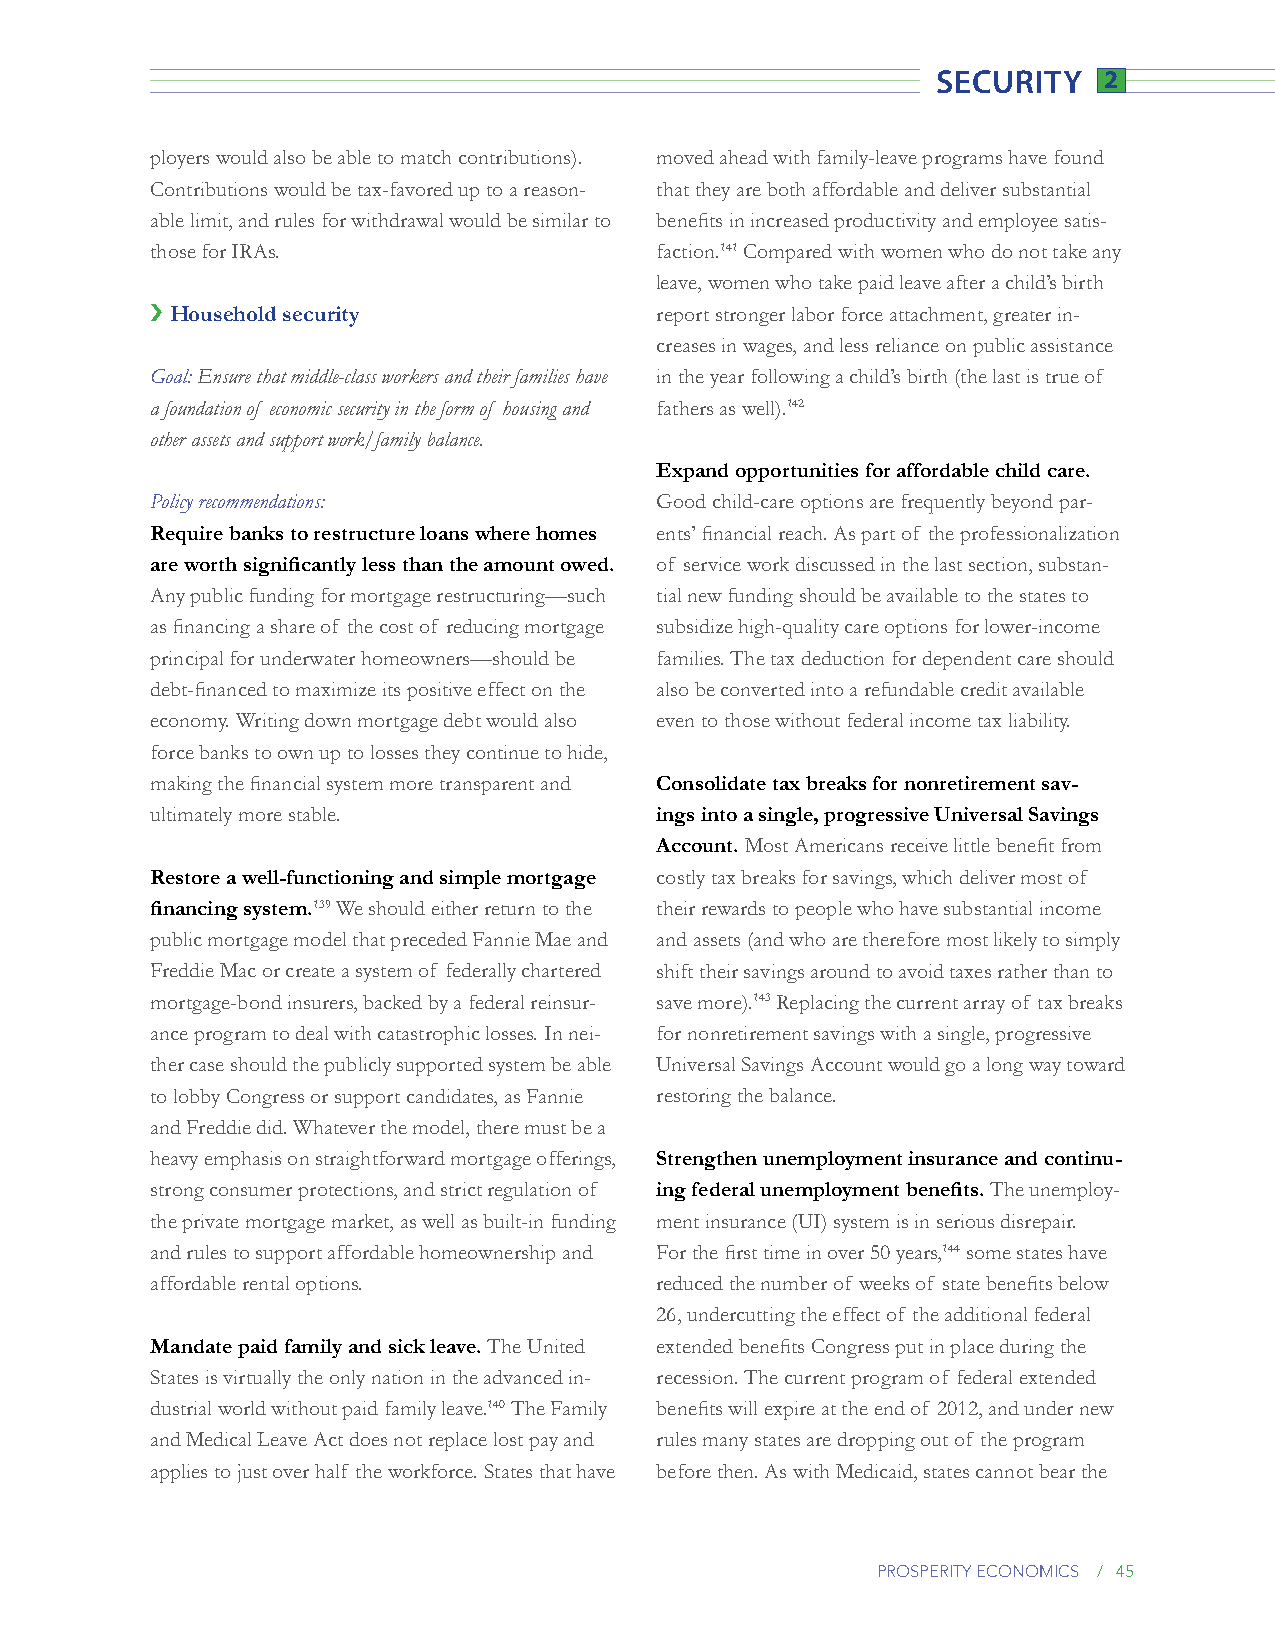
security   2
 ployers would also be able to match contributions). moved ahead with family-leave programs have found
 Contributions would be tax-favored up to a reason- that they are both affordable and deliver substantial
 able limit, and rules for withdrawal would be similar to benefits in increased productivity and employee satis-
 those for IRAs.                  faction.141 Compared with women who do not take any
 leave, women who take paid leave after a child’s birth
 › Household security             report stronger labor force attachment, greater in-
 creases in wages, and less reliance on public assistance
 Goal: Ensure that middle-class workers and their families have in the year following a child’s birth (the last is true of
 a foundation of economic security in the form of housing and fathers as well).142
 other assets and support work/family balance.
 Expand opportunities for affordable child care.
 Policy recommendations:          Good child-care options are frequently beyond par-
 Require banks to restructure loans where homes ents’ financial reach. As part of the professionalization
 are worth significantly less than the amount owed. of service work discussed in the last section, substan-
 Any public funding for mortgage restructuring—such tial new funding should be available to the states to
 as financing a share of the cost of reducing mortgage subsidize high-quality care options for lower-income
 principal for underwater homeowners—should be families. The tax deduction for dependent care should
 debt-financed to maximize its positive effect on the also be converted into a refundable credit available
 economy. Writing down mortgage debt would also even to those without federal income tax liability.
 force banks to own up to losses they continue to hide,
 making the financial system more transparent and Consolidate tax breaks for nonretirement sav-
 ultimately more stable.          ings into a single, progressive Universal Savings
 Account. Most Americans receive little benefit from
 Restore a well-functioning and simple mortgage costly tax breaks for savings, which deliver most of
 financing system.139 We should either return to the their rewards to people who have substantial income
 public mortgage model that preceded Fannie Mae and and assets (and who are therefore most likely to simply
 Freddie Mac or create a system of federally chartered shift their savings around to avoid taxes rather than to
 mortgage-bond insurers, backed by a federal reinsur- save more).143 Replacing the current array of tax breaks
 ance program to deal with catastrophic losses. In nei- for nonretirement savings with a single, progressive
 ther case should the publicly supported system be able Universal Savings Account would go a long way toward
 to lobby Congress or support candidates, as Fannie restoring the balance.
 and Freddie did. Whatever the model, there must be a
 heavy emphasis on straightforward mortgage offerings, Strengthen unemployment insurance and continu-
 strong consumer protections, and strict regulation of ing federal unemployment benefits. The unemploy-
 the private mortgage market, as well as built-in funding ment insurance (UI) system is in serious disrepair.
 and rules to support affordable homeownership and For the first time in over 50 years,144 some states have
 affordable rental options.       reduced the number of weeks of state benefits below
 26, undercutting the effect of the additional federal
 Mandate paid family and sick leave. The United extended benefits Congress put in place during the
 States is virtually the only nation in the advanced in- recession. The current program of federal extended
 dustrial world without paid family leave.140 The Family benefits will expire at the end of 2012, and under new
 and Medical Leave Act does not replace lost pay and rules many states are dropping out of the program
 applies to just over half the workforce. States that have before then. As with Medicaid, states cannot bear the
 prosperity economics / 45